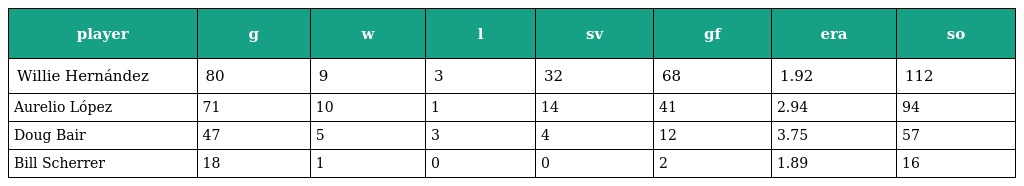
| player | g | w | l | sv | gf | era | so |
 | --- | --- | --- | --- | --- | --- | --- | --- |
 | Willie Hernández | 80 | 9 | 3 | 32 | 68 | 1.92 | 112 |
 | Aurelio López | 71 | 10 | 1 | 14 | 41 | 2.94 | 94 |
 | Doug Bair | 47 | 5 | 3 | 4 | 12 | 3.75 | 57 |
 | Bill Scherrer | 18 | 1 | 0 | 0 | 2 | 1.89 | 16 |